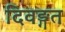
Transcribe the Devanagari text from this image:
दिवङ्गत